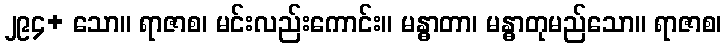
၂၉၄+ သော။ ရာဇာစ၊ မင်းလည်းကောင်း။ မန္ဓာတာ၊ မန္ဓာတုမည်သော။ ရာဇာစ၊